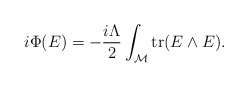
\begin{align*}i\Phi(E)=-{i\Lambda\over 2}\int_{\cal M} {\rm tr}(E\wedge E).\end{align*}